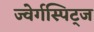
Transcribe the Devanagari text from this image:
ज्वेर्गस्पिट्ज